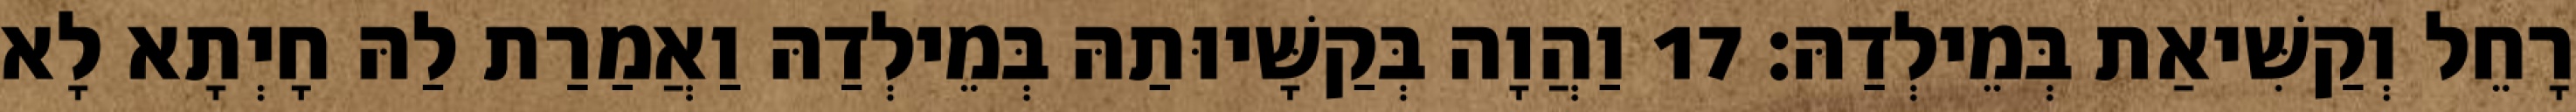
רָחֵל וְקַשִּׁיאַת בְּמֵילְדַהּ׃ 17 וַהֲוָה בְּקַשָּׁיוּתַהּ בְּמֵילְדַהּ וַאֲמַרַת לַהּ חָיְתָא לָא